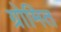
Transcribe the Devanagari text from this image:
ग्रोमित